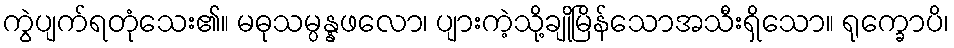
ကွဲပျက်ရတုံသေး၏။ မဓုသမ္ပန္နဖလော၊ ပျားကဲ့သို့ချိုမြိန်သောအသီးရှိသော။ ရုက္ခောပိ၊